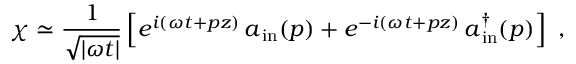
\chi \simeq \frac { 1 } { \sqrt { | \omega t | } } \left[ e ^ { i ( \omega t + p z ) } \, a _ { \, \mathrm { i n } } ( p ) + e ^ { - i ( \omega t + p z ) } \, a _ { \, \mathrm { i n } } ^ { \dagger } ( p ) \right] \ ,